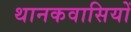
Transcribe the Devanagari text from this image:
थानकवासियों